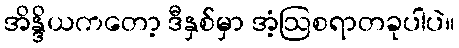
အိန္ဒိယကတော့ ဒီနှစ်မှာ အံ့ဩစရာတခုပါပဲ။